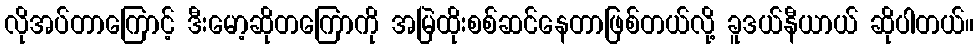
လိုအပ်တာကြောင့် ဒီးမော့ဆိုတကြောကို အမြဲထိုးစစ်ဆင်နေတာဖြစ်တယ်လို့ ခူဒယ်နီယာယ် ဆိုပါတယ်။